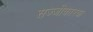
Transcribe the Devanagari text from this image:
सज्जीकारक